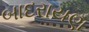
બાદરાયણ